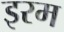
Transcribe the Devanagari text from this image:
इरम